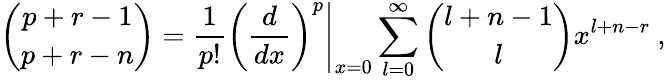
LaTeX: {\binom{p+r-1}{p+r-n}}={\frac{1}{p!}}\left.{\left({\frac{d}{dx}}\right)^{p}}\right\vert_{x=0}\sum_{l=0}^{\infty}{\binom{l+n-1}{l}}x^{l+n-r}\ ,